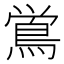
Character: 鴬